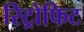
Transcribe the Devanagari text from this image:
रिट्रोफिट